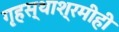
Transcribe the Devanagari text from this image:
गृहस्थाश्रमीही